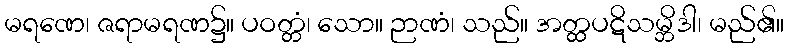
မရဏေ၊ ဇရာမရဏ၌။ ပဝတ္တံ၊ သော။ ဉာဏံ၊ သည်။ အတ္ထပဋိသမ္ဘိဒါ၊ မည်၏။